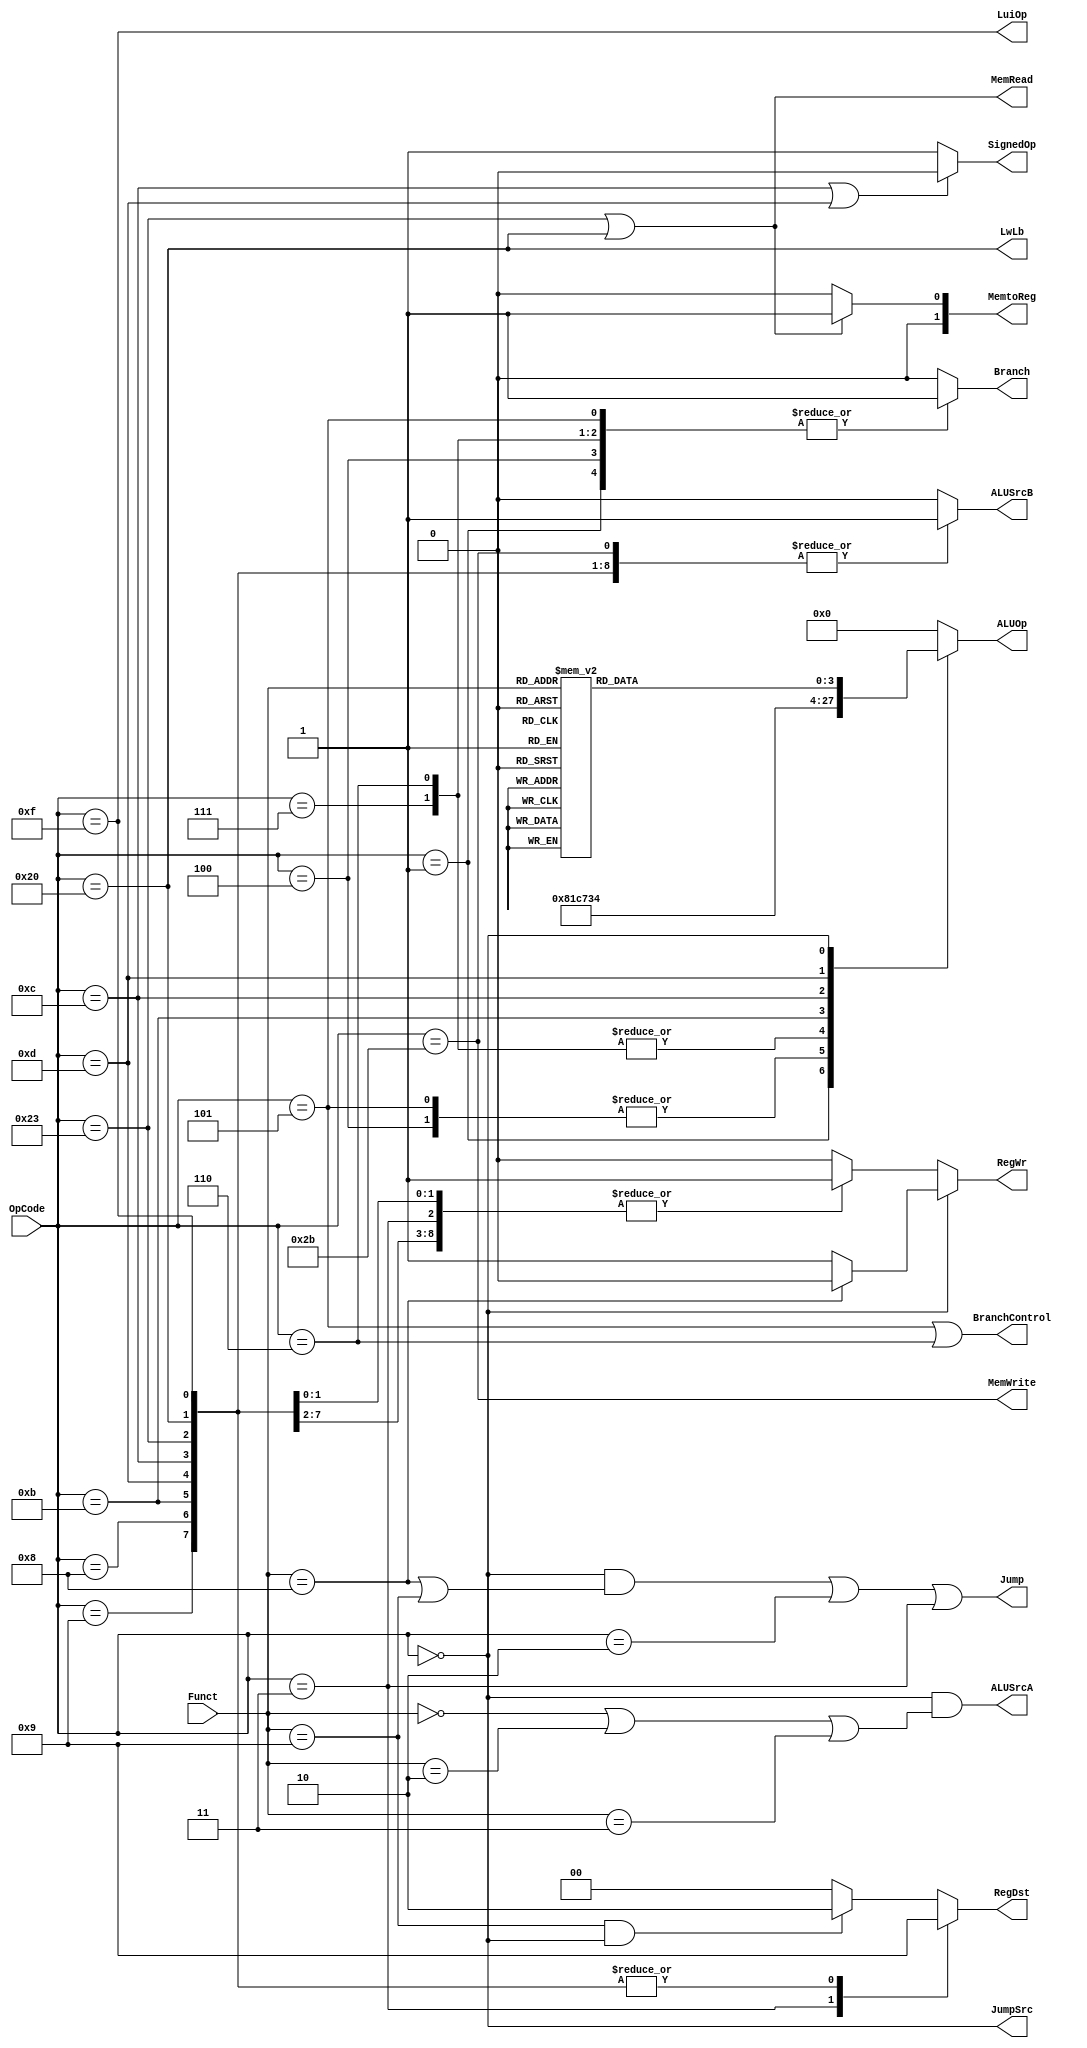
`timescale 1ns / 1ps
//////////////////////////////////////////////////////////////////////////////////
// Class: Experiments on Fundamentals of Digital Logic and Processor
// Designer: Shao Chenyang
// 
// Design Name: PipelineCPU
// Module Name: Controller
// Project Name: Pipeline-cpu
// Target Devices: 
// Tool Versions: Vivado 2017.4
// Description:  Generate all the control signals for the whole pipeline 
// 
// Dependencies: 
// 
// Revision:
// Revision 0.01 - File Created
// Additional Comments:
// 
//////////////////////////////////////////////////////////////////////////////////

module Controller (OpCode,Funct,
            RegWr,Branch,BranchControl,Jump,MemRead,MemWrite,MemtoReg,JumpSrc,ALUSrcA,
            ALUSrcB,ALUOp,RegDst,LuiOp,SignedOp,LwLb);

    input [5:0] OpCode;
    input [5:0] Funct;
    output reg RegWr;
    output reg Branch;
    output reg BranchControl;
    output reg Jump;
    output reg MemRead;
    output reg MemWrite;
    output reg [1:0] MemtoReg;
    output reg JumpSrc;
    output reg ALUSrcA;
    output reg ALUSrcB;
    output reg [3:0] ALUOp;
    output reg [1:0] RegDst;
    output reg LuiOp;
    output reg SignedOp;
    output reg LwLb;

    always @(*) 
    begin
        //---------------RegWr----------------
        if (OpCode == 0)
            RegWr <= (Funct==6'h08) ? 0 : 1;
        else begin
            case (OpCode)
                6'hf, 6'h08, 6'h09, 6'h0c, 6'h0d, 6'h0b, 6'h23, 6'h20, 6'h03: RegWr <= 1;
                default: RegWr <= 0;
            endcase
        end


        //---------------RegDst---------------
        // 00-rd, 01-rt, 10-%ra
        case (OpCode)
            6'h03: RegDst <= 2'b10;    // jal
            6'h0f, 6'h08, 6'h09, 6'h0c, 6'h0d, 6'h0b, 6'h23, 6'h20: RegDst <= 2'b01; // I and lw
            default: 
                RegDst <= (Funct == 6'h09)&&(OpCode == 6'h0) ? 2'b10 : 2'b00;    
        endcase


        //----------------Brach----------------
        case (OpCode)
            6'h04, 6'h06, 6'h05, 6'h07, 6'h01: // beq, blez, bne, bgtz, bltz
                Branch <= 1;    
            default:
                Branch <= 0;
        endcase


        //------------BranchControl------------
        BranchControl <= (OpCode == 6'h05) || (OpCode == 6'h06);


        //-----------------Jump----------------
        Jump <= (OpCode == 0 && (Funct == 6'h08 || Funct == 6'h09)) 
                        || OpCode == 6'h02 || OpCode == 6'h03;


        //--------------JumpSrc---------------
        // 0-Imm, 1-reg1
        JumpSrc <= (OpCode == 0);


        //-------------MemRead----------------
        MemRead <= (OpCode == 6'h23) || (OpCode == 6'h20);


        //---------------lwlb----------------
        LwLb <= (OpCode == 6'h20);


        //-------------MemWrite--------------
        MemWrite <= (OpCode == 6'h2b);


        //-------------MemtoReg----------------
        // 00-ALUResult, 01-Data-Mem, 10-PC+4 
        if (OpCode == 6'h23 || OpCode == 6'h20) 
            MemtoReg <= 2'b01; // lw
        else 
            MemtoReg <= (OpCode == 6'h23 || OpCode == 6'h20) ? 2'b01 : 2'b00;   //lw->01


        //--------------ALUSrcA----------------
        // 0-ReadData1, 1-Shamt
        ALUSrcA <= (OpCode == 0 && (Funct == 6'h0 || Funct == 6'h02 || Funct == 6'h03));


        //--------------ALUSrcB---------------- 
        // 0-ReadData2, 1-imm
        case (OpCode)
            6'h0f, 6'h08, 6'h09, 6'h0c, 6'h0b, 6'h0d, 6'h20, 6'h23, 6'h2b: ALUSrcB <= 1;
            default: ALUSrcB <= 0;
        endcase


        // LuiOp
        LuiOp <= (OpCode == 6'h0f);


        //-------------SignedOp--------------
        SignedOp <= (OpCode == 6'h0c || OpCode == 6'h0d ? 0 : 1);  // only andi//ori->0
    end


    //------------------------------------------------------
    //ALUOp

    parameter Add      = 4'h0;     // add & addu
    parameter Sub      = 4'h1;     // sub & subu
    parameter And      = 4'h3;     // and
    parameter Or       = 4'h4;     // or
    parameter Xor      = 4'h5;     // xor
    parameter Nor      = 4'h6;     // nor
    parameter Ult      = 4'h7;     // unsigned less than
    parameter Slt      = 4'h8;     // signed less than 
    parameter Sll      = 4'h9;     // sll
    parameter Srl      = 4'hA;     // srl
    parameter Sra      = 4'hB;     // sra
    parameter Gtz      = 4'hC;     // greater than zero, for bgtz\bltz

    always @(*) 
    begin
        case (OpCode)
            6'h08, 6'h09, 6'h0f, 6'h23, 6'h20, 6'h2b: ALUOp <= Add;
            6'h01: ALUOp <= Slt;
            6'h04, 6'h05: ALUOp <= Sub;  //beq\bne
            6'h06, 6'h07: ALUOp <= Gtz;  //bgtz\blez 
            6'h0b: ALUOp <= Ult;
            6'h0c: ALUOp <= And;
            6'h0d: ALUOp <= Or;

            6'h0: 
            begin
                case (Funct)
                    6'h20, 6'h21: ALUOp <= Add;
                    6'h22, 6'h23: ALUOp <= Sub;
                    6'h00: ALUOp <= Sll;
                    6'h02: ALUOp <= Srl;
                    6'h03: ALUOp <= Sra;
                    6'h24: ALUOp <= And;
                    6'h25: ALUOp <= Or;
                    6'h26: ALUOp <= Xor;
                    6'h27: ALUOp <= Nor;
                    6'h2a: ALUOp <= Slt;
                    6'h2b: ALUOp <= Ult;
                    default: ALUOp <= Add;
                endcase
            end        
            default: ALUOp <= Add;
        endcase
    end

endmodule